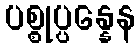
ပစ္စုပ္ပန္နေန